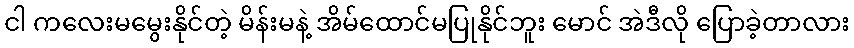
ငါ ကလေးမမွေးနိုင်တဲ့ မိန်းမနဲ့ အိမ်ထောင်မပြုနိုင်ဘူး မောင် အဲဒီလို ပြောခဲ့တာလား